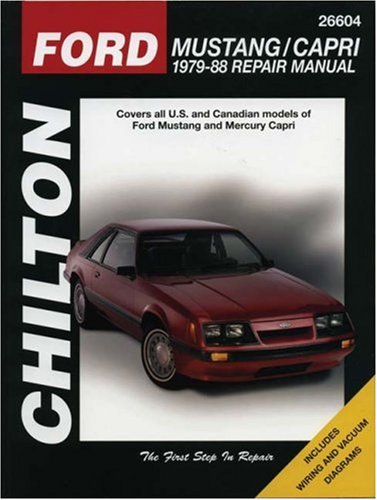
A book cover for Ford: Mustang / Capri 1979-88 Repair Manual: Covers all U.S. and Canadian models of Ford Mustang and Mercury Capri; Richard Schwartz; Engineering & Transportation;